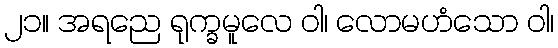
၂၁။ အရညေ ရုက္ခမူလေ ဝါ၊ လောမဟံသော ဝါ၊